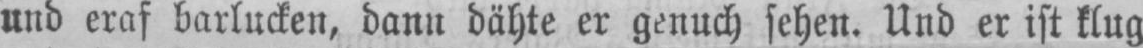
und eraf barlucken, dann dähte er genuch sehen. Und er ist klug